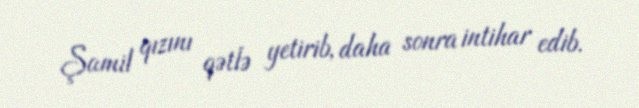
Şamil qızını qətlə yetirib, daha sonra intihar edib.